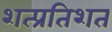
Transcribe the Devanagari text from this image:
शत्प्रतिशत